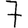
Digit: 7